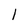
Character: 1